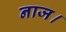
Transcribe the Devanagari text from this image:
नाज।